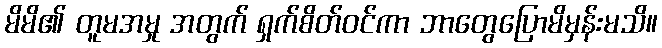
မိမိ၏ တူမအမှု အတွက် ရှက်စိတ်ဝင်ကာ ဘာတွေပြောမိမှန်းမသိ။